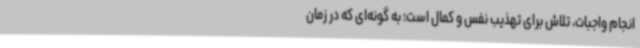
انجام واجبات، تلاش برای تهذیب نفس و کمال است؛ به گونه‌ای که در زمان